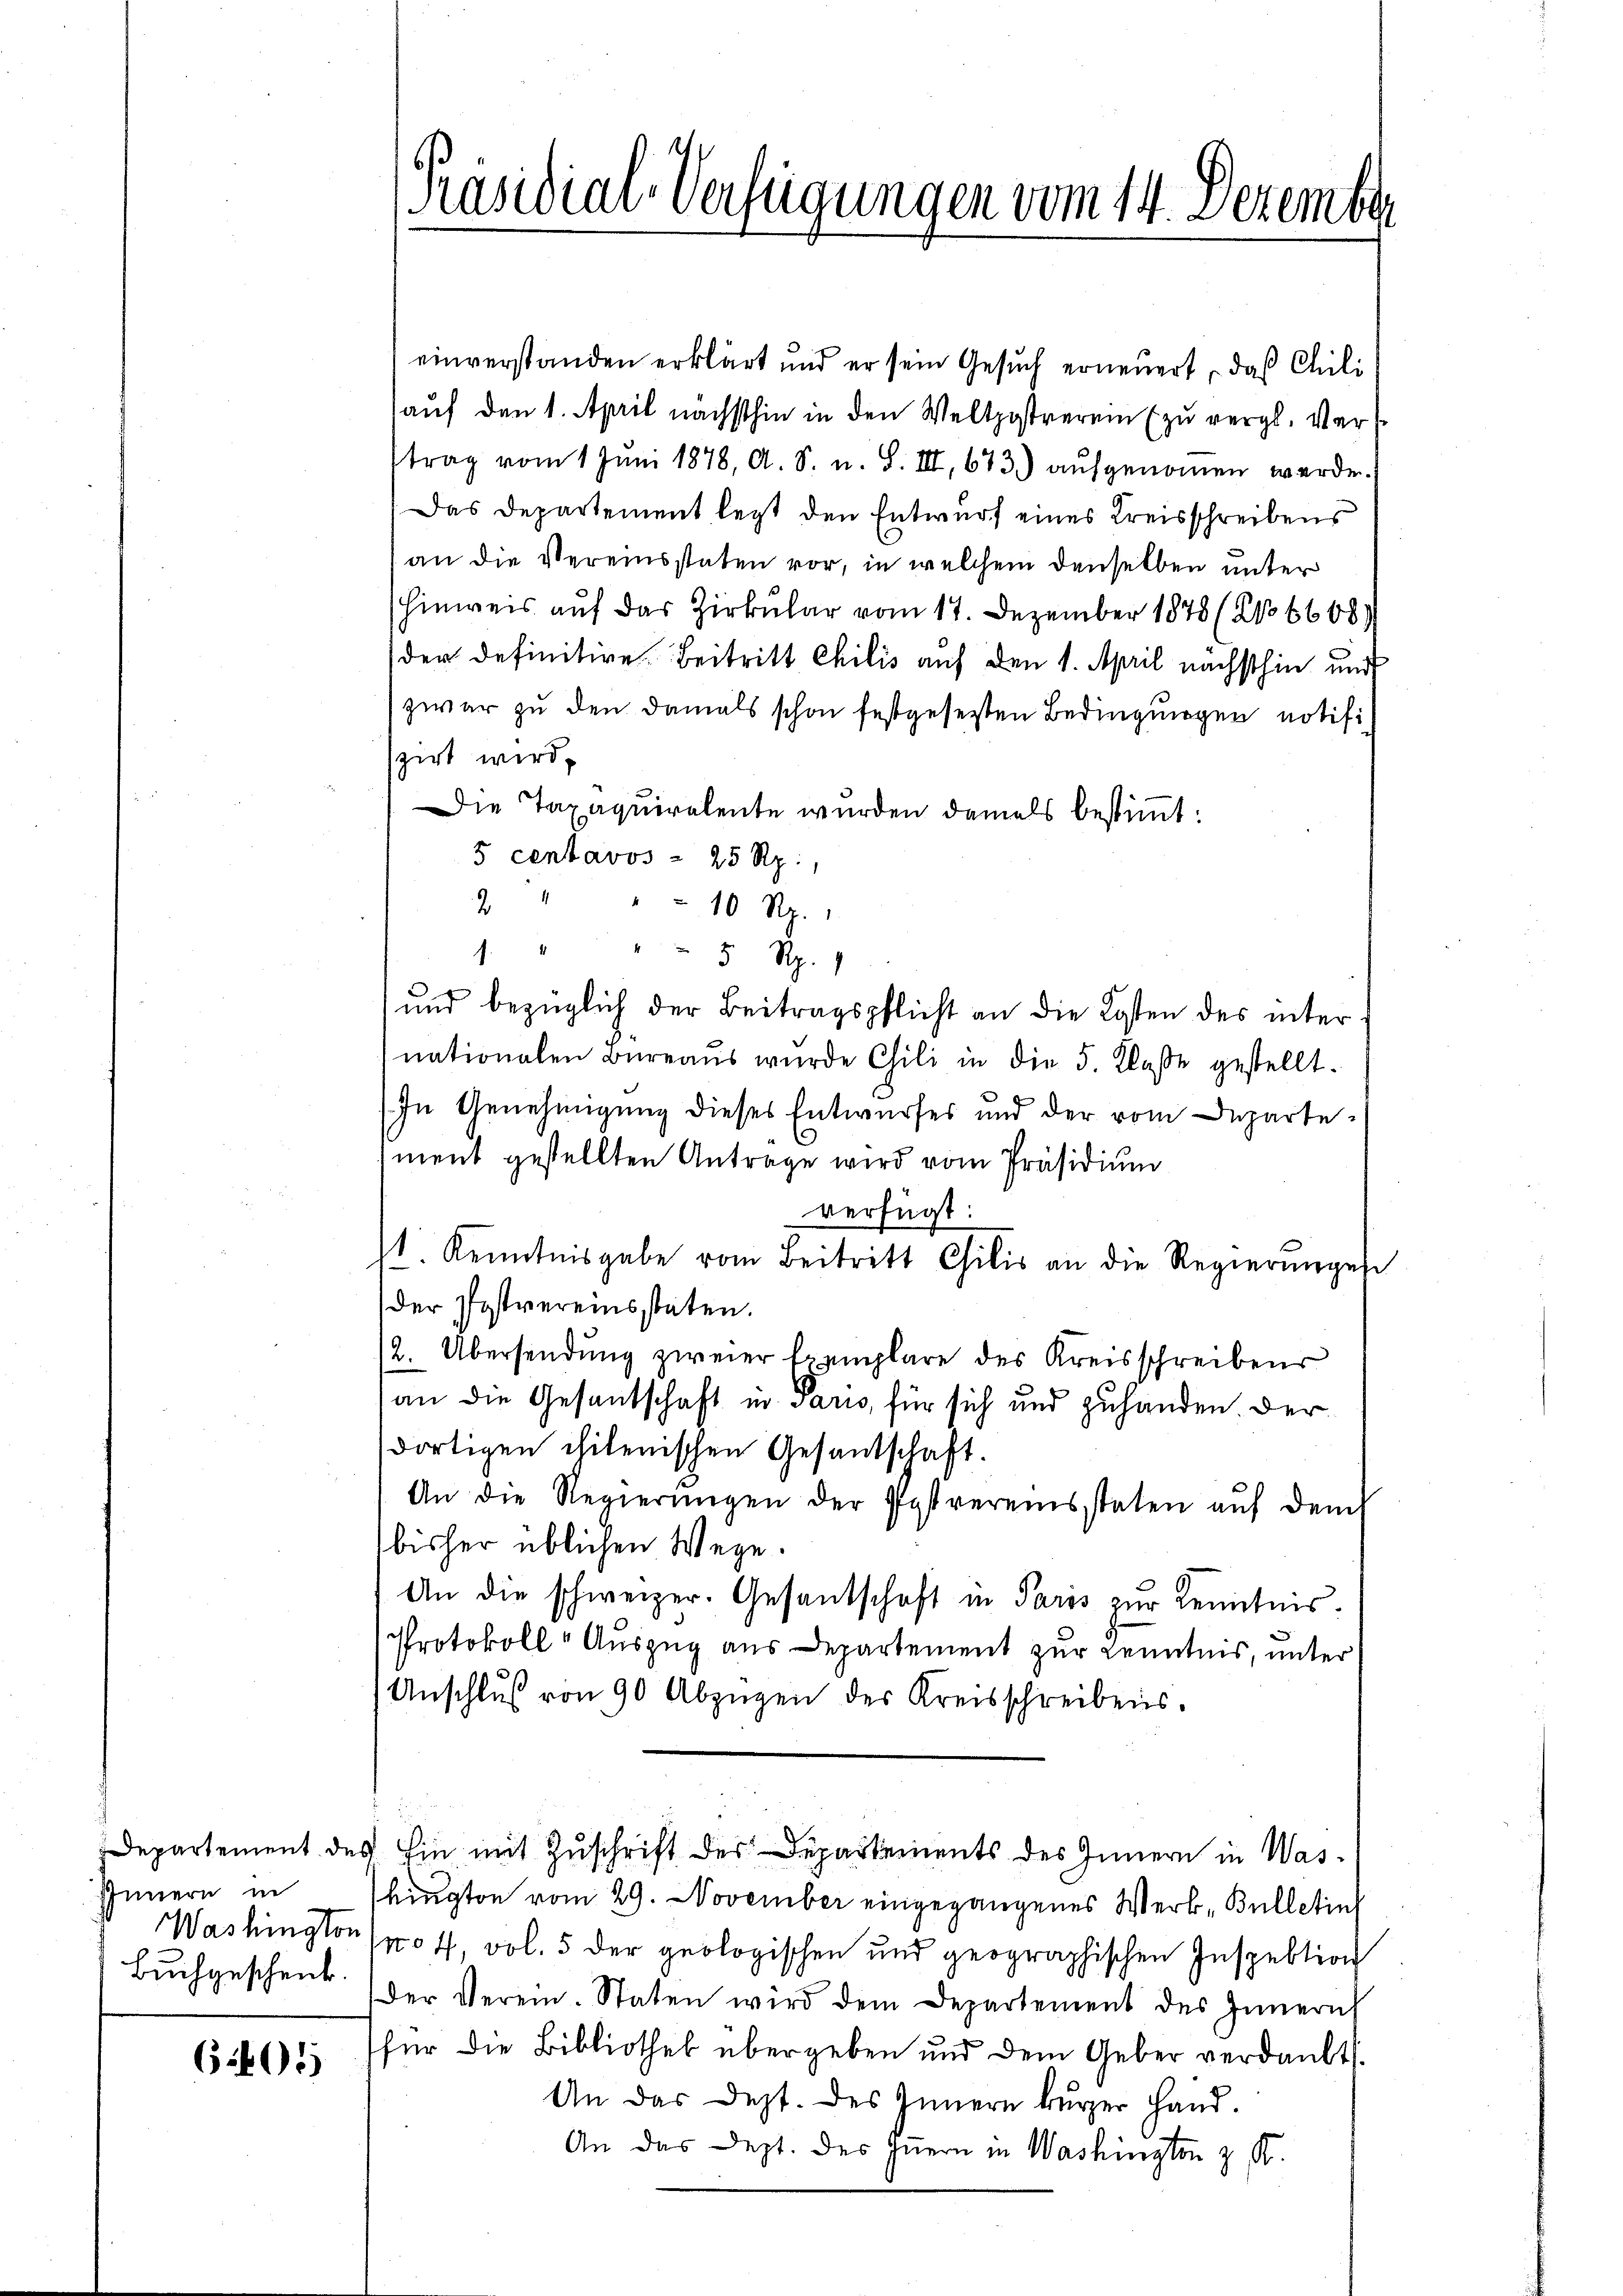
Departement des
Innern in
Washington
Buchgeschenk

605)

Präsidial-Verfügungen vom 14. Dezemb

einverstanden erklärt und er sein Gesuch erneuert, daß Chili
auf den 1. April nächsthin in den Weltpostreren (zu vergl. Vertrag vom 1 Juni 1878, A. S. u. S. III, 673) aufgenommen werde.
Das Departement legt den Entwurf eines Kreisschreibens
an die Vereinsstaten vor, in welchem denselben unter
Hinweis auf das Zirkular vom 17. Dezember 1878 (No 6608
der definitive. Beitritt Chilis auf den 1. April nächsthin und
zwar zu den damals schon festgesezten Bedingungen notifiszirt wird,
Die Taxaquiralente wurden damals bestimmt:
5 centavos = 25 Rp.
9 " " 10 Rp.
1. " " " 5 Rp. 9
und bezüglich der Beitragspflicht an die Kosten des inter
nationalen Büreaŭs wŭrde Chili in die 5. Klasse gestellt.
In Genehmigung dieses Entwurfes und der vom Departement gestellten Antrage wird vom Präsidium
verfügt:
. Kenntnisgabe vom Beitritt Chilis an die Regierunges
der Postvereinsstaten.
2. Übersendŭng zweier Exemplare des Kreisschreibens
an die Gesandschaft in Paris, für sich und zuhanden der
dortigen chilenischen Gesandschaft.
An die Regierŭngen der Postvereinsstaten aŭf dem
bisher üblichen Wege.
An die schweizer. Gesantschaft in Paris zur Kenntnis¬
Protokoll- Auszug aus Departement zur Kenntnis, unter
Unschlŭβ von 90 Abzügen des Kreisschreibens.
Ein mit Zuschrift des Departements des Innern in Wasbington vom 29. November eingegangenes Werk, Bulletin
No 4., vol. 5 der geologischen und geographischen Inspektion
der Verein. Staten wird dem Departement des Innern
für die Bibliothek übergeben und dem Geber verdankt.
An das Dept. des Innern kürzer Hand.
An das Dept. des Iṅern in Washington z. R.